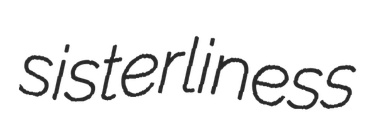
sisterliness